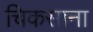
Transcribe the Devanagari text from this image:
चिकसाना